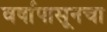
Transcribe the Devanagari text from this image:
वर्षापासूनचा